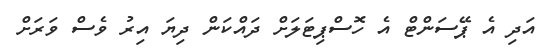
އަދި އެ ޕޭސަންޓް އެ ހޮސްޕިޓަލަށް ދައްކަން ދިޔަ އިރު ވެސް ވަރަށް